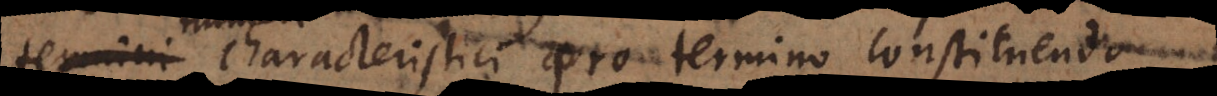
characteristici pro termino constituendo